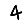
Digit: 4